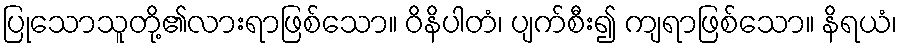
ပြုသောသူတို့၏လားရာဖြစ်သော။ ဝိနိပါတံ၊ ပျက်စီး၍ ကျရာဖြစ်သော။ နိရယံ၊